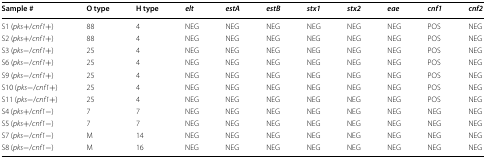
| Sample # | O type | H type | elt | estA | estB | stx1 | stx2 | eae | cnf1 | cnf2 |
 | --- | --- | --- | --- | --- | --- | --- | --- | --- | --- | --- |
 | S1 (pks+/cnf1+) | 88 | 4 | NEG | NEG | NEG | NEG | NEG | NEG | POS | NEG |
 | S2 (pks+/cnf1+) | 88 | 4 | NEG | NEG | NEG | NEG | NEG | NEG | POS | NEG |
 | S3 (pks−/cnf1+) | 25 | 4 | NEG | NEG | NEG | NEG | NEG | NEG | POS | NEG |
 | S6 (pks−/cnf1+) | 25 | 4 | NEG | NEG | NEG | NEG | NEG | NEG | POS | NEG |
 | S9 (pks−/cnf1+) | 25 | 4 | NEG | NEG | NEG | NEG | NEG | NEG | POS | NEG |
 | S10 (pks−/cnf1+) | 25 | 4 | NEG | NEG | NEG | NEG | NEG | NEG | POS | NEG |
 | S11 (pks−/cnf1+) | 25 | 4 | NEG | NEG | NEG | NEG | NEG | NEG | POS | NEG |
 | S4 (pks+/cnf1−) | 7 | 7 | NEG | NEG | NEG | NEG | NEG | NEG | NEG | NEG |
 | S5 (pks+/cnf1−) | 7 | 7 | NEG | NEG | NEG | NEG | NEG | NEG | NEG | NEG |
 | S7 (pks−/cnf1−) | M | 14 | NEG | NEG | NEG | NEG | NEG | NEG | NEG | NEG |
 | S8 (pks−/cnf1−) | M | 16 | NEG | NEG | NEG | NEG | NEG | NEG | NEG | NEG |